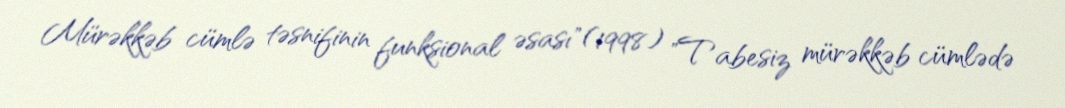
Mürəkkəb cümlə təsnifinin funksional əsası"(1998) "Tabesiz mürəkkəb cümlədə